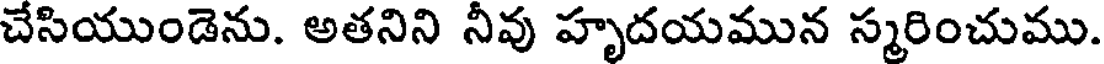
చేసియుండెను. అతనిని నీవు హృదయమున స్మరించుము.